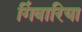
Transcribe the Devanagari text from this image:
गिंवारिया